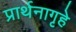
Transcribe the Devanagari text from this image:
प्रार्थनागृहे